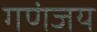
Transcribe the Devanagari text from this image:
गणंजय